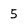
Character: 5